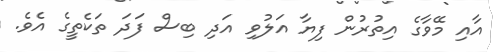
އާއި މޭވާގެ އިތުރުން ފިޔާ އަލުވި އަދި ބިސް ފަދަ ތަކެތީގެ އެވެ.